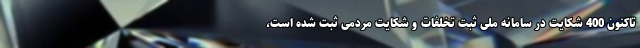
تاکنون 400 شکایت در سامانه ملی ثبت تخلفات و شکایت مردمی ثبت شده است،